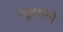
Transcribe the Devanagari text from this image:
न्यूबर्गरने